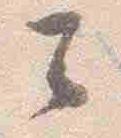
云